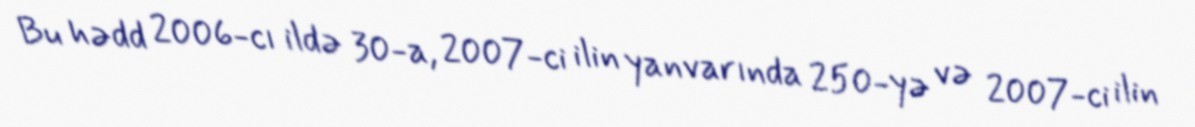
Bu hədd 2006-cı ildə 30-a, 2007-ci ilin yanvarında 250-yə və 2007-ci ilin